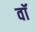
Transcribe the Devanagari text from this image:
वाॅ